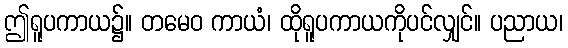
ဤရူပကာယ၌။ တမေဝ ကာယံ၊ ထိုရူပကာယကိုပင်လျှင်။ ပညာယ၊